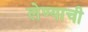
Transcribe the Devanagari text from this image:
लेण्याची